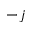
- j